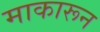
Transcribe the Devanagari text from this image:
माकारून